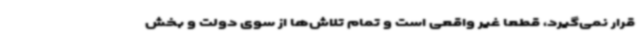
قرار نمی‌گیرد، قطعا غیر واقعی است و تمام تلاش‌ها از سوی دولت و بخش